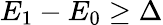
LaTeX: E_{1}-E_{0}\ge\Delta